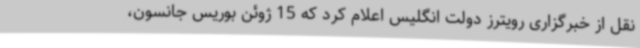
نقل از خبرگزاری رویترز دولت انگلیس اعلام کرد که 15 ژوئن بوریس جانسون،